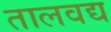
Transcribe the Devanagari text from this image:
तालवद्य